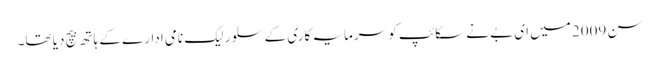
سن 2009 میں ای بے نے سکائپ کو سرمایہ کاری کے سلور لیک نامی ادارے کے ہاتھ بیچ دیا تھا۔